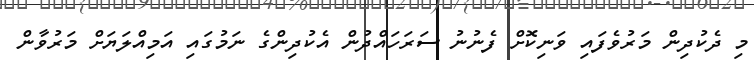
މި ދެކުދިން މަރުވެފައި ވަނިކޮށް ފެނުނު ސަރަހައްދުން އެކުދިންގެ ނަމުގައި އަމިއްލަޔަށް މަރުވާން